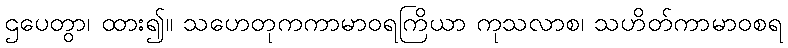
ဌပေတွာ၊ ထား၍။ သဟေတုကကာမာဝရကြိယာ ကုသလာစ၊ သဟိတ်ကာမာဝစရ